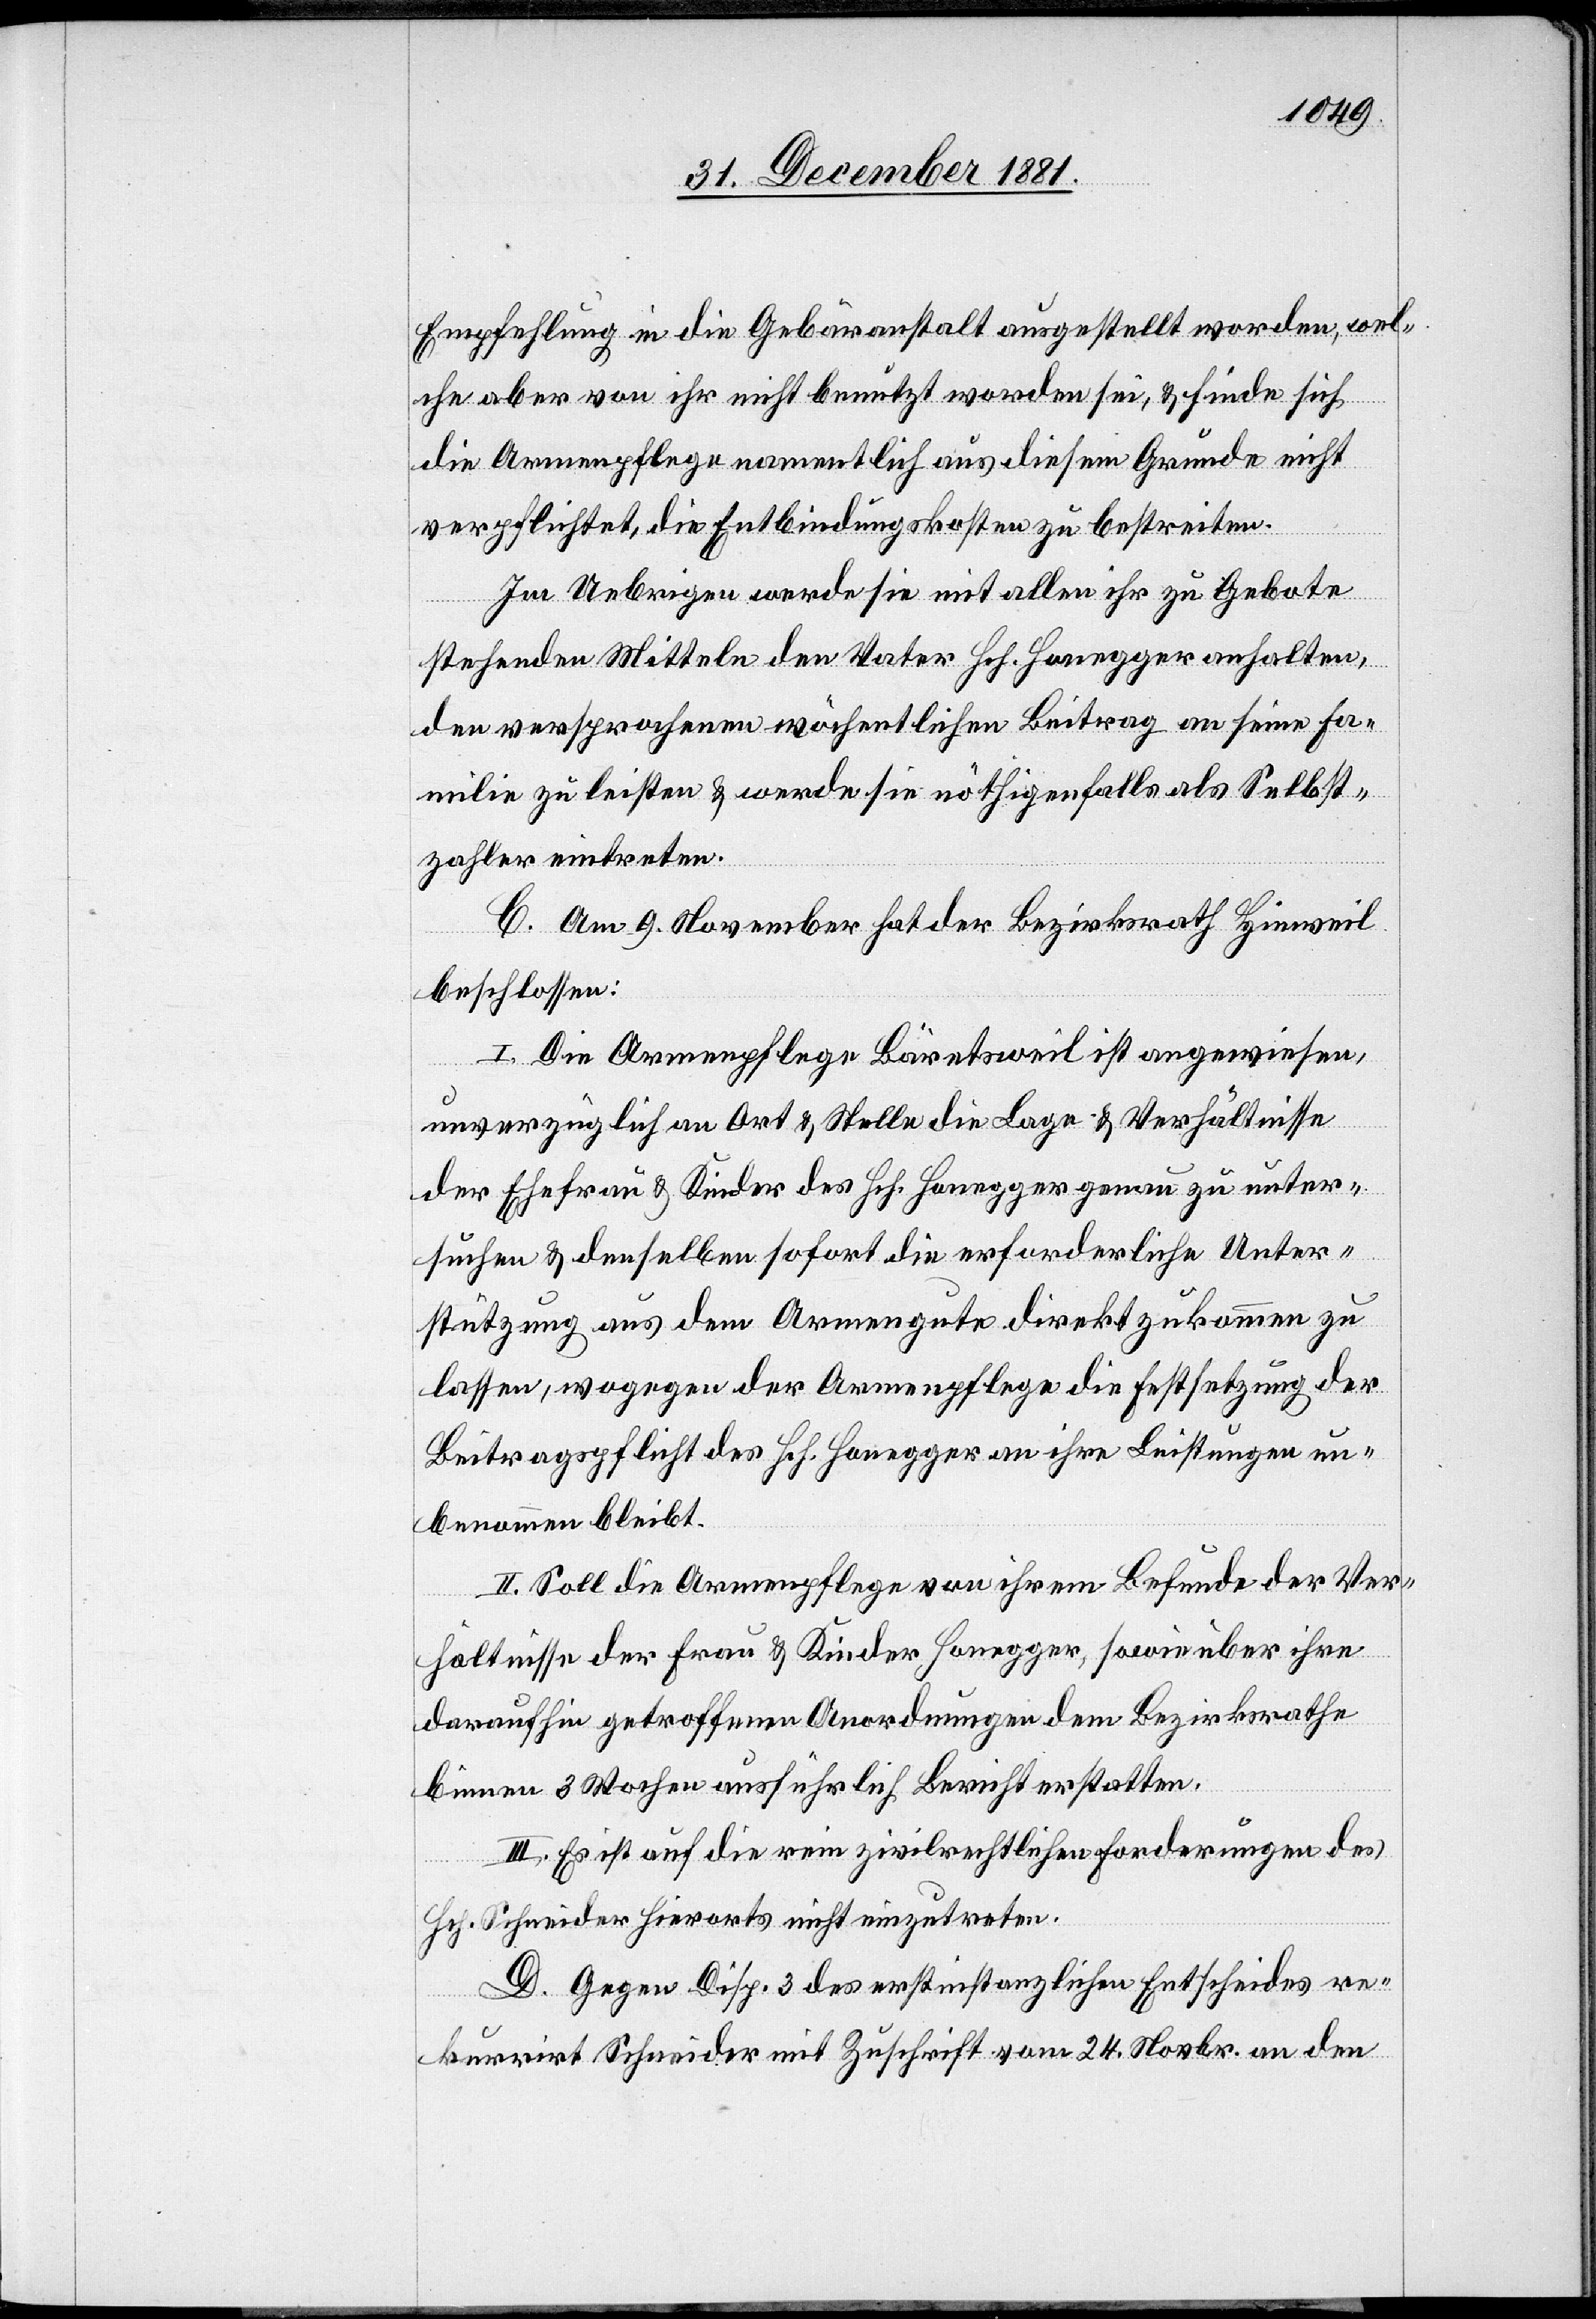
Empfehlung in die Gebäranstalt ausgestellt worden, wel¬
che aber von ihr nicht benutzt worden sei, & finde sich
die Armenpflege namentlich aus diesem Grunde nicht
verpflichtet, die Entbindungskosten zu bestreiten.
Im Uebrigen werde sie mit allen ihr zu Gebote
stehenden Mitteln den Vater Hch. Honegger anhalten,
den versprochenen wöchentlichen Beitrag an seine Fa¬
milie zu leisten & werde sie nöthigenfalls als Selbst¬
zahler eintreten.
C. Am 9. November hat der Bezirksrath Hinweil
beschlossen:
I. Die Armenpflege Bäretsweil ist angewiesen,
unverzüglich an Ort & Stelle die Lage & Verhältnisse
der Ehefrau & Kinder des Hch. Honegger genau zu unter¬
suchen & denselben sofort die erforderliche Unter¬
stützung aus dem Armengute direkt zukommen zu
lassen, wogegen der Armenpflege die Festsetzung der
Beitragspflicht des Hch. Honegger an ihre Leistungen un¬
benommen bleibt.
II. Soll die Armenpflege von ihrem Befunde der Ver¬
hältnisse der Frau & Kinder Honegger, sowie über ihre
daraufhin getroffenen Anordnungen dem Bezirksrathe
binnen 3 Wochen ausführlich Bericht erstatten.
III. Es ist auf die rein zivilrechtlichen Forderungen des
D. Gegen Disp. 3 des erstinstanzlichen Entscheides re¬
kurrirt Schneider mit Zuschrift vom 24. Novbr. an den